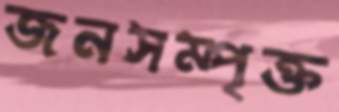
জনসম্পৃক্ত